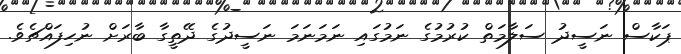
ޕަކާސް ނަސީދު ސަލާމަތް ކުރުމުގެ ނަމުގައި ނަމަނަމަ ނަސީދުގެ ދޭތީގާ ބާރަށް ނުހިފައްޗެވެ.